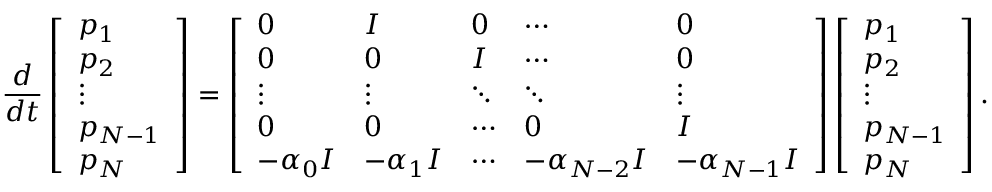
\frac { d } { d t } \left[ \begin{array} { l } { p _ { 1 } } \\ { p _ { 2 } } \\ { \vdots } \\ { p _ { N - 1 } } \\ { p _ { N } } \end{array} \right] = \left[ \begin{array} { l l l l l } { 0 } & { I } & { 0 } & { \cdots } & { 0 } \\ { 0 } & { 0 } & { I } & { \cdots } & { 0 } \\ { \vdots } & { \vdots } & { \ddots } & { \ddots } & { \vdots } \\ { 0 } & { 0 } & { \cdots } & { 0 } & { I } \\ { - \alpha _ { 0 } I } & { - \alpha _ { 1 } I } & { \cdots } & { - \alpha _ { N - 2 } I } & { - \alpha _ { N - 1 } I } \end{array} \right] \left[ \begin{array} { l } { p _ { 1 } } \\ { p _ { 2 } } \\ { \vdots } \\ { p _ { N - 1 } } \\ { p _ { N } } \end{array} \right] .